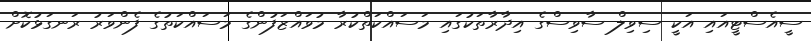
ސީއެސްޓީއައި އަކީ ސިވިލް ސާވިސްގެ އިދާރާތަކުގައި މަސައްކަތްކުރާ މުވައްޒަފުންގެ މަސައްކަތުގެ ފެންވަރު ރަނގަޅުކޮށް